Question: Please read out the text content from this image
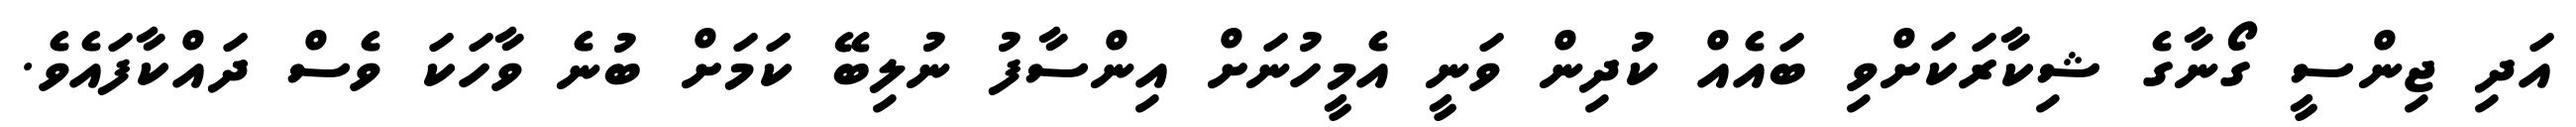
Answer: އަދި ޖިންސީ ގޯނާގެ ޝިކާރަކަށްވި ބައެއް ކުދިން ވަނީ އެމީހުނަށް އިންސާފު ނުލިބޭ ކަމަށް ބުނެ ވާހަކަ ވެސް ދައްކާފައެވެ.